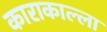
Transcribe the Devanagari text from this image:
काराकाल्ला